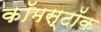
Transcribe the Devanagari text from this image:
कॉमस्टॉक